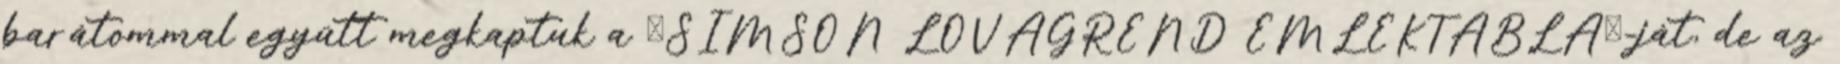
barátommal együtt megkaptuk a SIMSON LOVAGREND EMLÉKTÁBLA-ját, de az